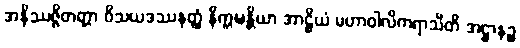
အနိဿဇ္ဇိတတ္တာ ဝိသယဒဿနတ္ထံ နိက္ကဍ္ဎန္တိယာ အာဠိယံ မဟာဝါလိကရာသီတိ အဋ္ဌာနဉ္စ